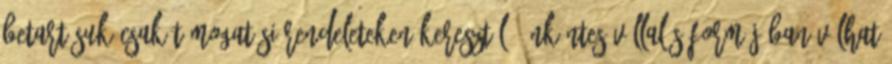
betartásuk csak támogatási rendeleteken keresztül, önkéntes vállalás formájában válhat